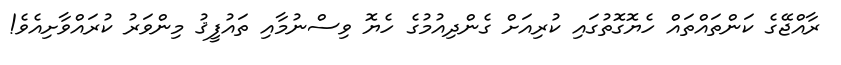
ރާއްޖޭގެ ކަންތައްތައް ހެޔޮގޮތުގައި ކުރިއަށް ގެންދިއުމުގެ ހެޔޮ ވިސްނުމާއި ތައުފީޤު މިންވަރު ކުރައްވާށިއެވެ!